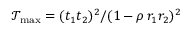
\mathcal { T } _ { \mathrm { m a x } } = ( t _ { 1 } t _ { 2 } ) ^ { 2 } / ( 1 - \rho \, r _ { 1 } r _ { 2 } ) ^ { 2 }